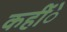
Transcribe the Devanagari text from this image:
कहींे